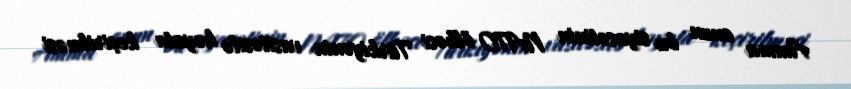
Amma onun bu siyasətinin NATO ölkəsi Türkiyənin vasitəsilə həyata keçirilməsi